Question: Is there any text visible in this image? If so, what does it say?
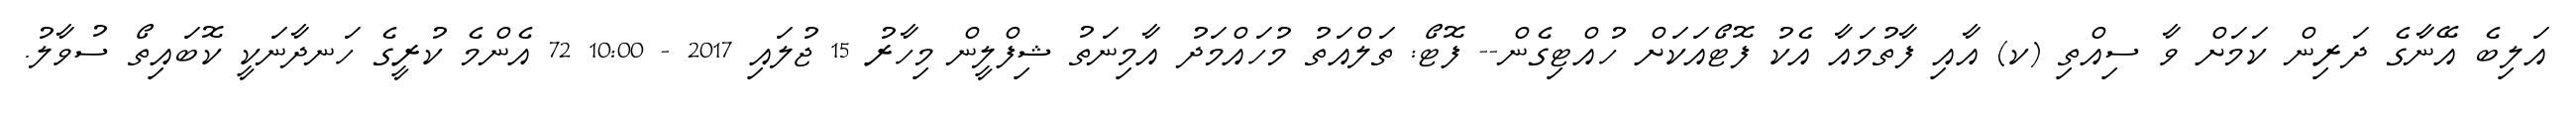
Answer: އަލިބެ އޭނާގެ ދަރިން ކަމަށް ވާ ސިއްތި (ކ) އާއި ފާތުމައާ އެކު ފޮޓޯއަކަށް ހުއްޓިގެން-- ފޮޓޯ: ތަލްއަތު މުހައްމަދު އާމިނަތު ޝިފްލީން މިހާރު 15 ޖުލައި 2017 - 10:00 72 އެންމެ ކުރީގެ ހަނދާނަކީ ކޮބައިތޯ ސުވާލު.